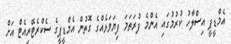
އެމްޑީޕީ އިސްލާހު ކުރުމުގައި އެންމެ ފުރަތަމަ ފިޔަވަޅެއްގެ ގޮތުން އެމްޑީޕީގެ ސެކްރެޓޭރިއެޓް އަށް